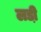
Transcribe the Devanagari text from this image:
लडी़